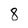
Character: 8